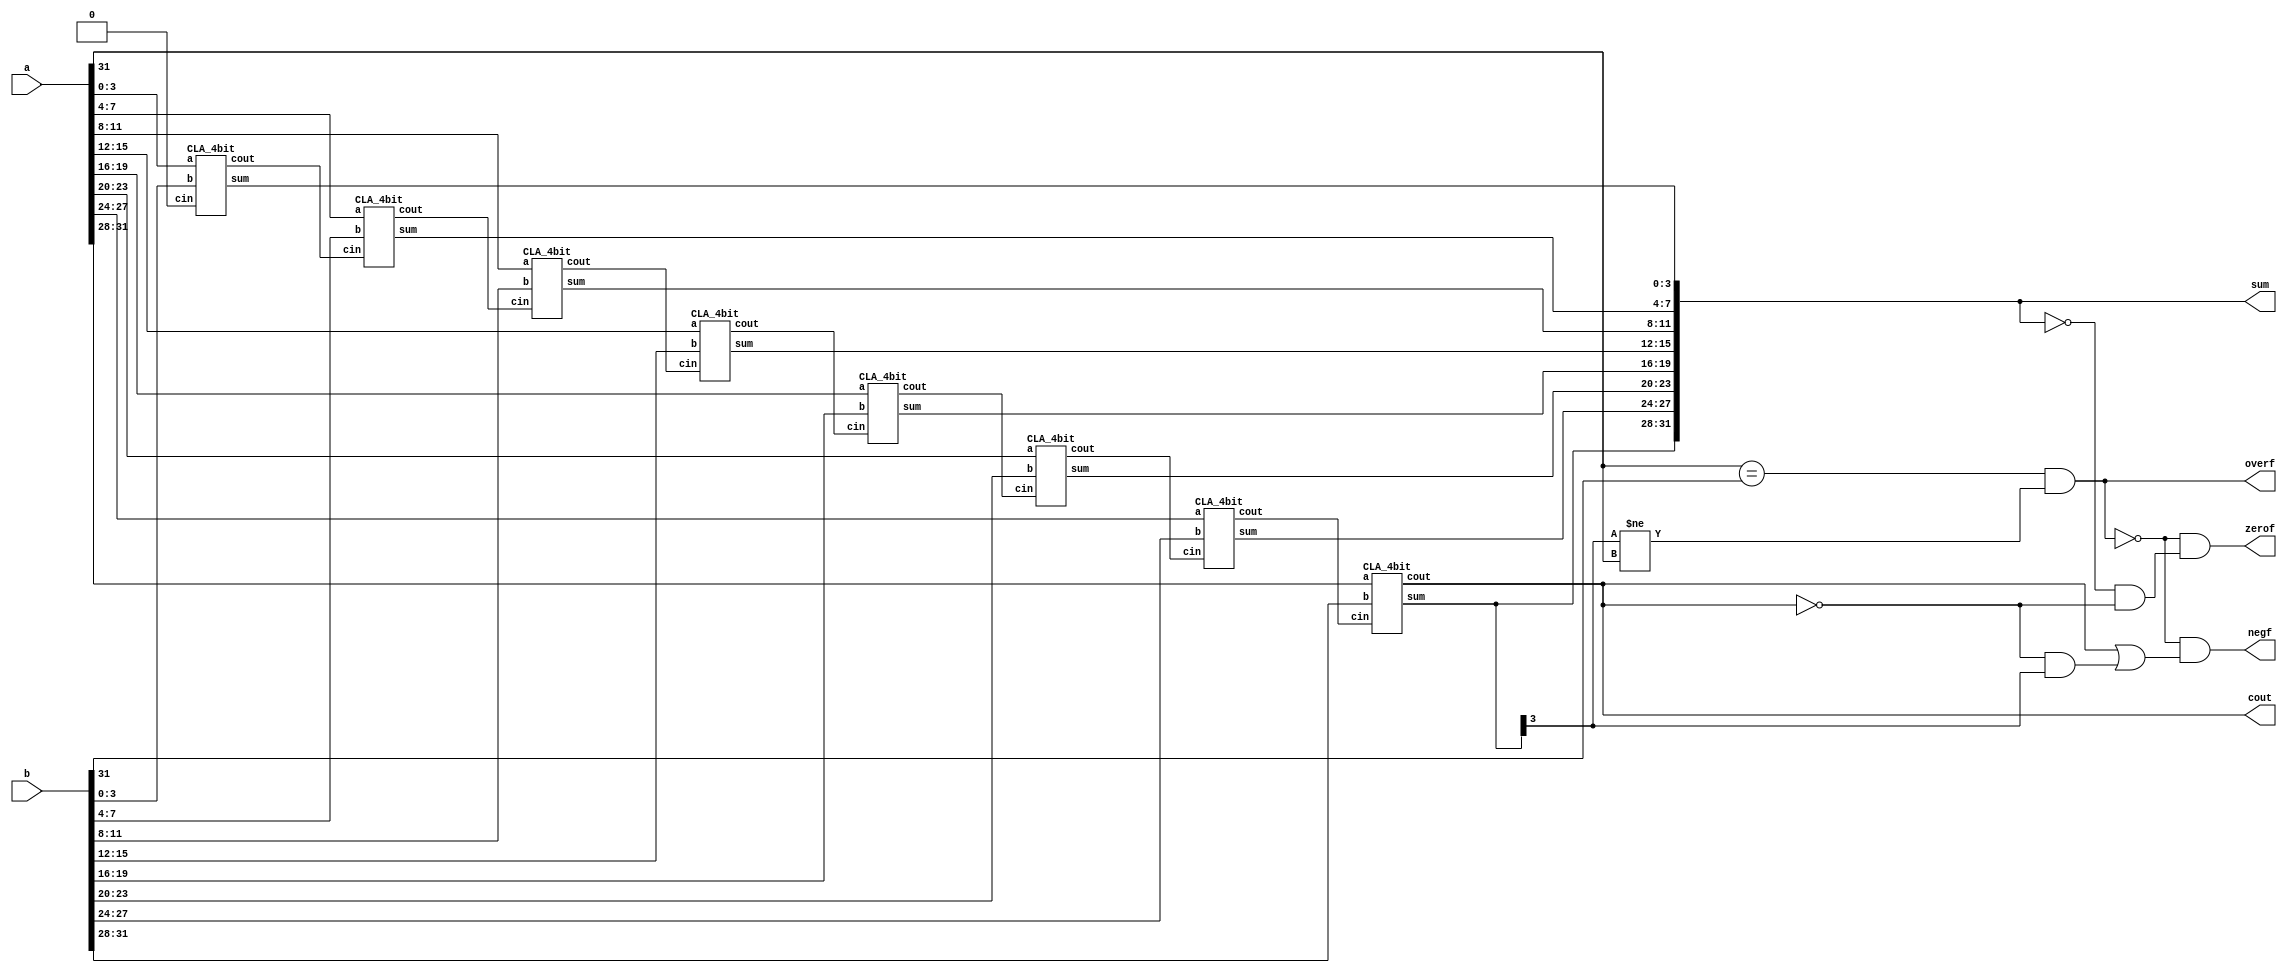
module adderCLA32(sum, cout, overf, zerof, negf, a, b);
	output [31:0] sum;
	output cout, overf, zerof, negf;
	input [31:0] a, b;
  
	wire [7:0]temp;
	genvar i;
	
	generate
		for (i = 0; i < 8; i = i + 1)
		begin: adder
			if (i == 0)
				CLA_4bit a0(sum[3:0], temp[0], a[3:0], b[3:0], 1'b0);
			else
				CLA_4bit a1(sum[((i * 4) + 3): (i * 4)], temp[i], a[((i * 4) + 3): (i * 4)], b[((i * 4) + 3): (i * 4)], temp[i - 1]);
		end
	endgenerate

	assign cout = temp[7];
	assign overf = (a[31] == b[31]) && (sum[31] != a[31]);
	assign zerof = !overf && ((sum == 0) && !cout);
	assign negf = !overf && (cout || (!cout && sum[31]));
endmodule


// carry look ahead
module CLA_4bit(sum, cout, a, b, cin);
    output [3:0] sum;
    output cout;
    input [3:0] a, b;
    input cin;
    
    wire [3:0] g, p, c;
 
    assign g = a & b; //Generate
    assign p = a ^ b; //Propagate
    assign c[0] = cin;
    assign c[1] = g[0] | (p[0] & c[0]);
    assign c[2] = g[1] | (p[1] & g[0]) | (p[1] & p[0] & c[0]);
    assign c[3] = g[2] | (p[2] & g[1]) | (p[2] & p[1] & g[0]) | (p[2] & p[1] & p[0] & c[0]);
    assign cout = g[3] | (p[3] & g[2]) | (p[3] & p[2] & g[1]) | (p[3] & p[2] & p[1] & g[0]) |(p[3] & p[2] & p[1] & p[0] & c[0]);
    assign sum = p ^ c;
endmodule

/*****************************************************************************/
module subtractorRTL(diff, bout, overf, zerof, negf, a, b);
	output [31:0] diff;
	output bout, overf, zerof, negf;
	input [31:0] a, b;

	adderCLA32 sub(diff, bout, overf, zerof, negf, a, (~b + 32'b1));
endmodule

/*****************************************************************************/
module shiftRTL(in, amount, dataOut, zeroFlag, overflowFlag, carryoutFlag, negativeFlag);
	input [31:0] in;
	input [1:0] amount;
	output [31:0] dataOut;
	output zeroFlag, overflowFlag, carryoutFlag, negativeFlag;
	
	assign overflowFlag = 1'b0;
	assign carryoutFlag = (amount == 2'b00) ? 1'b0 : in[31];
	assign dataOut = (amount == 2'b00) ? in : (amount == 2'b01) ? in << 1 : (amount == 2'b10) ? in << 2 : in << 3;
	assign negativeFlag = dataOut[31];
	assign zeroFlag = (dataOut == 0) ? 1'b1 : 1'b0;
endmodule


/*****************************************************************************/
module compareRTL(busA, busB, dataOut, zeroFlag, overflowFlag, carryoutFlag, negativeFlag);
	input [31:0] busA, busB;
	output [31:0] dataOut;
	output  zeroFlag, overflowFlag, carryoutFlag, negativeFlag;
	
	assign zeroFlag = 0;
	assign overflowFlag = 0;
	assign carryoutFlag = 0;
	assign negativeFlag = 0;
	assign dataOut = (busA < busB) ? 1 : 0;
endmodule


/*****************************************************************************/
module xorRTL(a,b,out,zerof,negf,overf,carry);
	input [31:0] a, b;
	output [31:0] out;
	output zerof,negf,overf,carry;

	genvar i;
	generate
		for (i = 0; i < 32; i = i + 1)
		begin: xorLogic
			xor1 o(a[i],b[i],out[i]);
		end
	endgenerate
	
	assign zerof = (out == 0);
	assign negf = 0;
	assign overf = 0;
	assign carry = 0;
endmodule

module xor1(a,b,out);
	input a,b;
	output  out;
	assign out = a^b;
endmodule	


/*****************************************************************************/
module andRTL(a,b,out,zerof,negf,overf,carry);
	input  [31:0] a, b;
	output  [31:0] out;
	output  zerof,negf,overf,carry;

	genvar i;
	generate
		for (i = 0; i < 32; i = i + 1)
		begin: andLogic
			and1 o(a[i],b[i],out[i]);
		end
	endgenerate
	
	assign zerof = (out ==  32'b0);
	assign negf = 0;
	assign overf = 0;
	assign carry = 0;
endmodule


module and1(a,b,out);
	input a,b;
	output  out;
	
	assign out = a*b;
endmodule


/*****************************************************************************/
module orRTL(a,b,out,zerof,negf,overf,carry);
	input  [31:0] a, b;
	output  [31:0] out;
	output  zerof,negf,overf,carry;
	wire zerof;
	
	genvar i;
	generate
		for (i = 0; i < 32; i = i + 1)
		begin: orLogic
			or1 o(a[i],b[i],out[i]);
		end
	endgenerate
	
	assign zerof = (out == 0);
	assign negf = 0;
	assign overf = 0;
	assign carry = 0;
endmodule

module or1(a,b,out);
	input a,b;
	output  out;
	
	assign out = a||b;
endmodule